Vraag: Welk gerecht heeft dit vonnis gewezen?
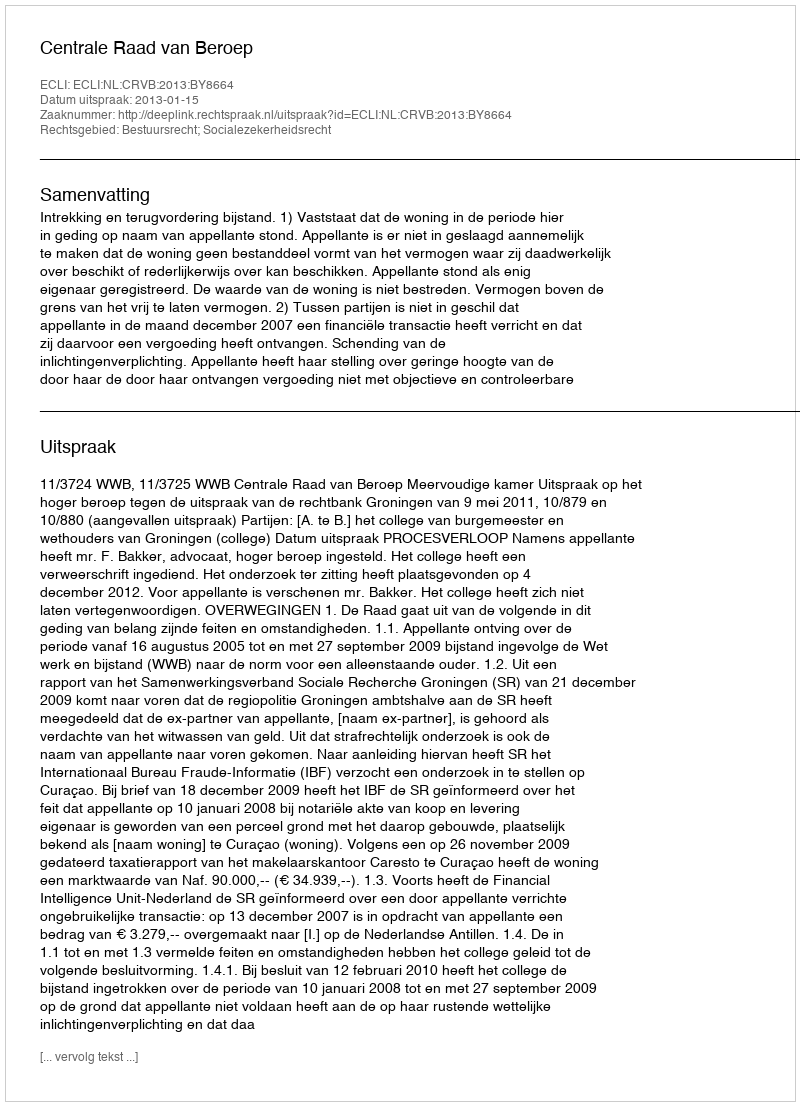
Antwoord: Centrale Raad van Beroep